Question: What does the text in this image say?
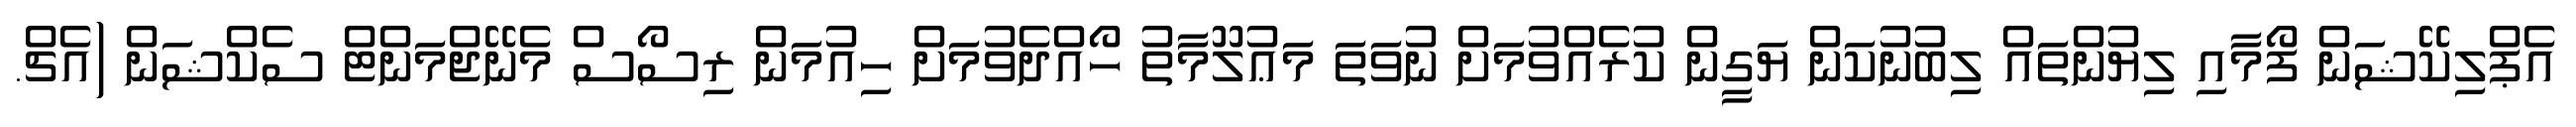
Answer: އެޕްލިކޭޝަން ފޯމާއި ލިޔުންތައް ލިބުނުކަން ޔަގީން ކުރެއްވުމަށް ނުވަތަ މަޢުލޫމާތު ހޯއްދެވުމަށް ހިއުމަން ރިސޯސް މެނޭޖްމަންޓް ސެކްޝަން (އެޗް.